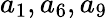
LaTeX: a_{1},a_{6},a_{9}